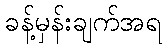
ခန့်မှန်းချက်အရ